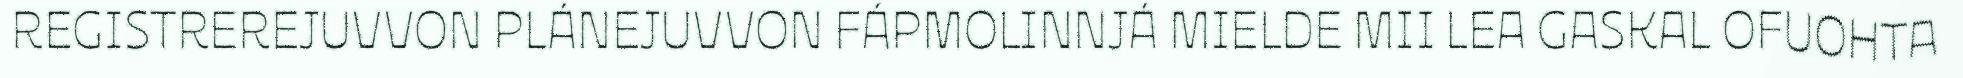
REGISTREREJUVVON PLÁNEJUVVON FÁPMOLINNJÁ MIELDE MII LEA GASKAL OFUOHTA